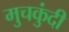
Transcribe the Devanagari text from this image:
मुचकुंदी